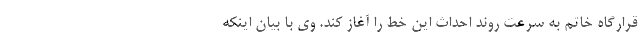
قرارگاه خاتم به سرعت روند احداث این خط را آغاز کند. وی با بیان اینکه